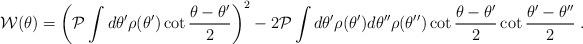
LaTeX: \begin{align*}{\cal W}(\theta)=\left({\cal P}\int d\theta'\rho(\theta')\cot\frac{ \theta-\theta'}{2}\right)^2-2{\cal P}\int d\theta'\rho(\theta')d\theta''\rho(\theta'')\cot\frac{\theta-\theta'}{2}\cot\frac{\theta'-\theta''}{2} \; .\end{align*}